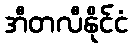
အီတလီနိုင်ငံ